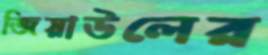
জিয়াউলের